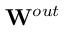
{ \bf W } ^ { o u t }